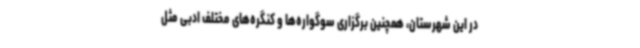
در این شهرستان، همچنین برگزاری سوگواره‌ها و کنگره‌های مختلف ادبی مثل